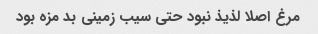
مرغ اصلا لذیذ نبود حتی سیب زمینی بد مزه بود